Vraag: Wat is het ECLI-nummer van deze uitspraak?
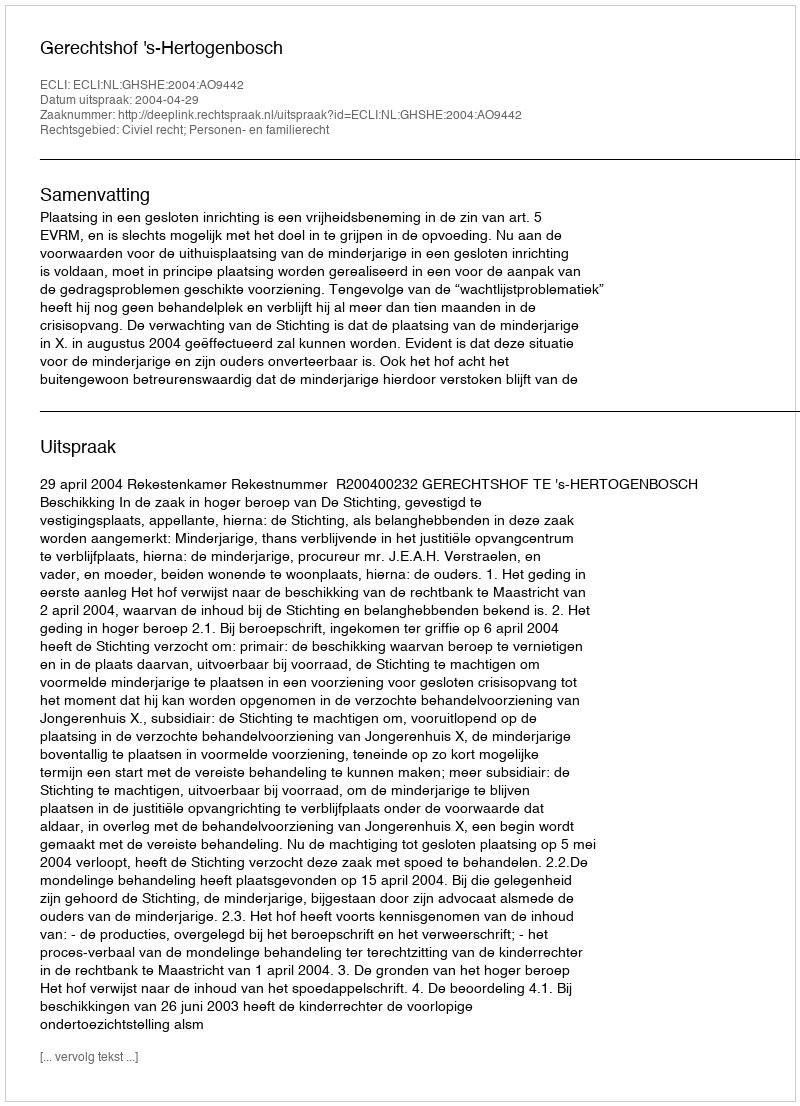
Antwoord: ECLI:NL:GHSHE:2004:AO9442